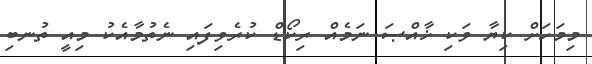
މިމަހަށް ކިޔާ ވަކި ޚާއްޞަ ނަމެއް ރިކޯޑް ކުރެވިފައި ނެތުމާއެކު މިއީ ތުނބި